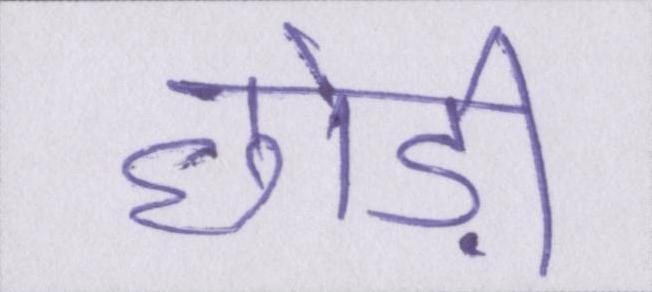
छोड़ी